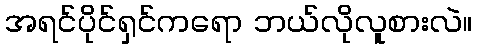
အရင်ပိုင်ရှင်ကရော ဘယ်လိုလူစားလဲ။